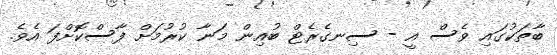
ބާތަކުގައި ވެސް އީ - ސިނގެރެޓް ބުއިން މަނާ ކުރުމަށް ފާސްކޮށްފަ އެވެ.